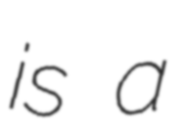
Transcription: is a